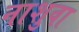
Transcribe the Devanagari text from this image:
नाशुवा